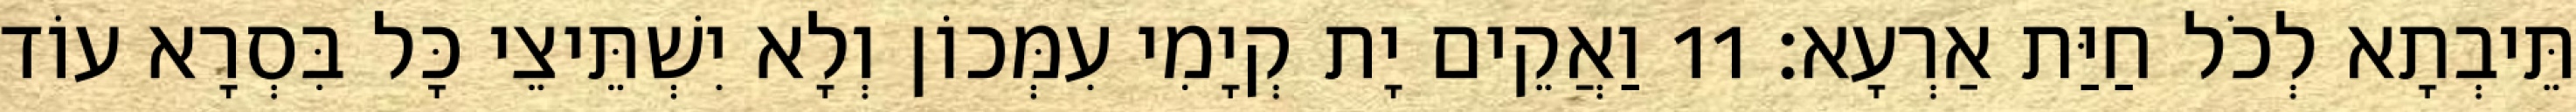
תֵּיבְתָא לְכֹל חַיַּת אַרְעָא׃ 11 וַאֲקֵים יָת קְיָמִי עִמְּכוֹן וְלָא יִשְׁתֵּיצֵי כָּל בִּסְרָא עוֹד